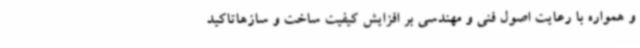
و همواره با رعایت اصول فنی و مهندسی بر افزایش کیفیت ساخت و سازهاتاکید